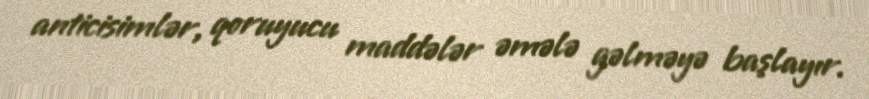
anticisimlər, qoruyucu maddələr əmələ gəlməyə başlayır.